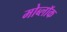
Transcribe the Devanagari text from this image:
मोब्लॉक